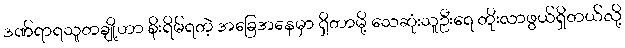
ဒဏ်ရာရသူတချို့ဟာ စိုးရိမ်ရတဲ့ အခြေအနေမှာ ရှိတာမို့ သေဆုံးသူဦးရေ တိုးလာဖွယ်ရှိတယ်လို့